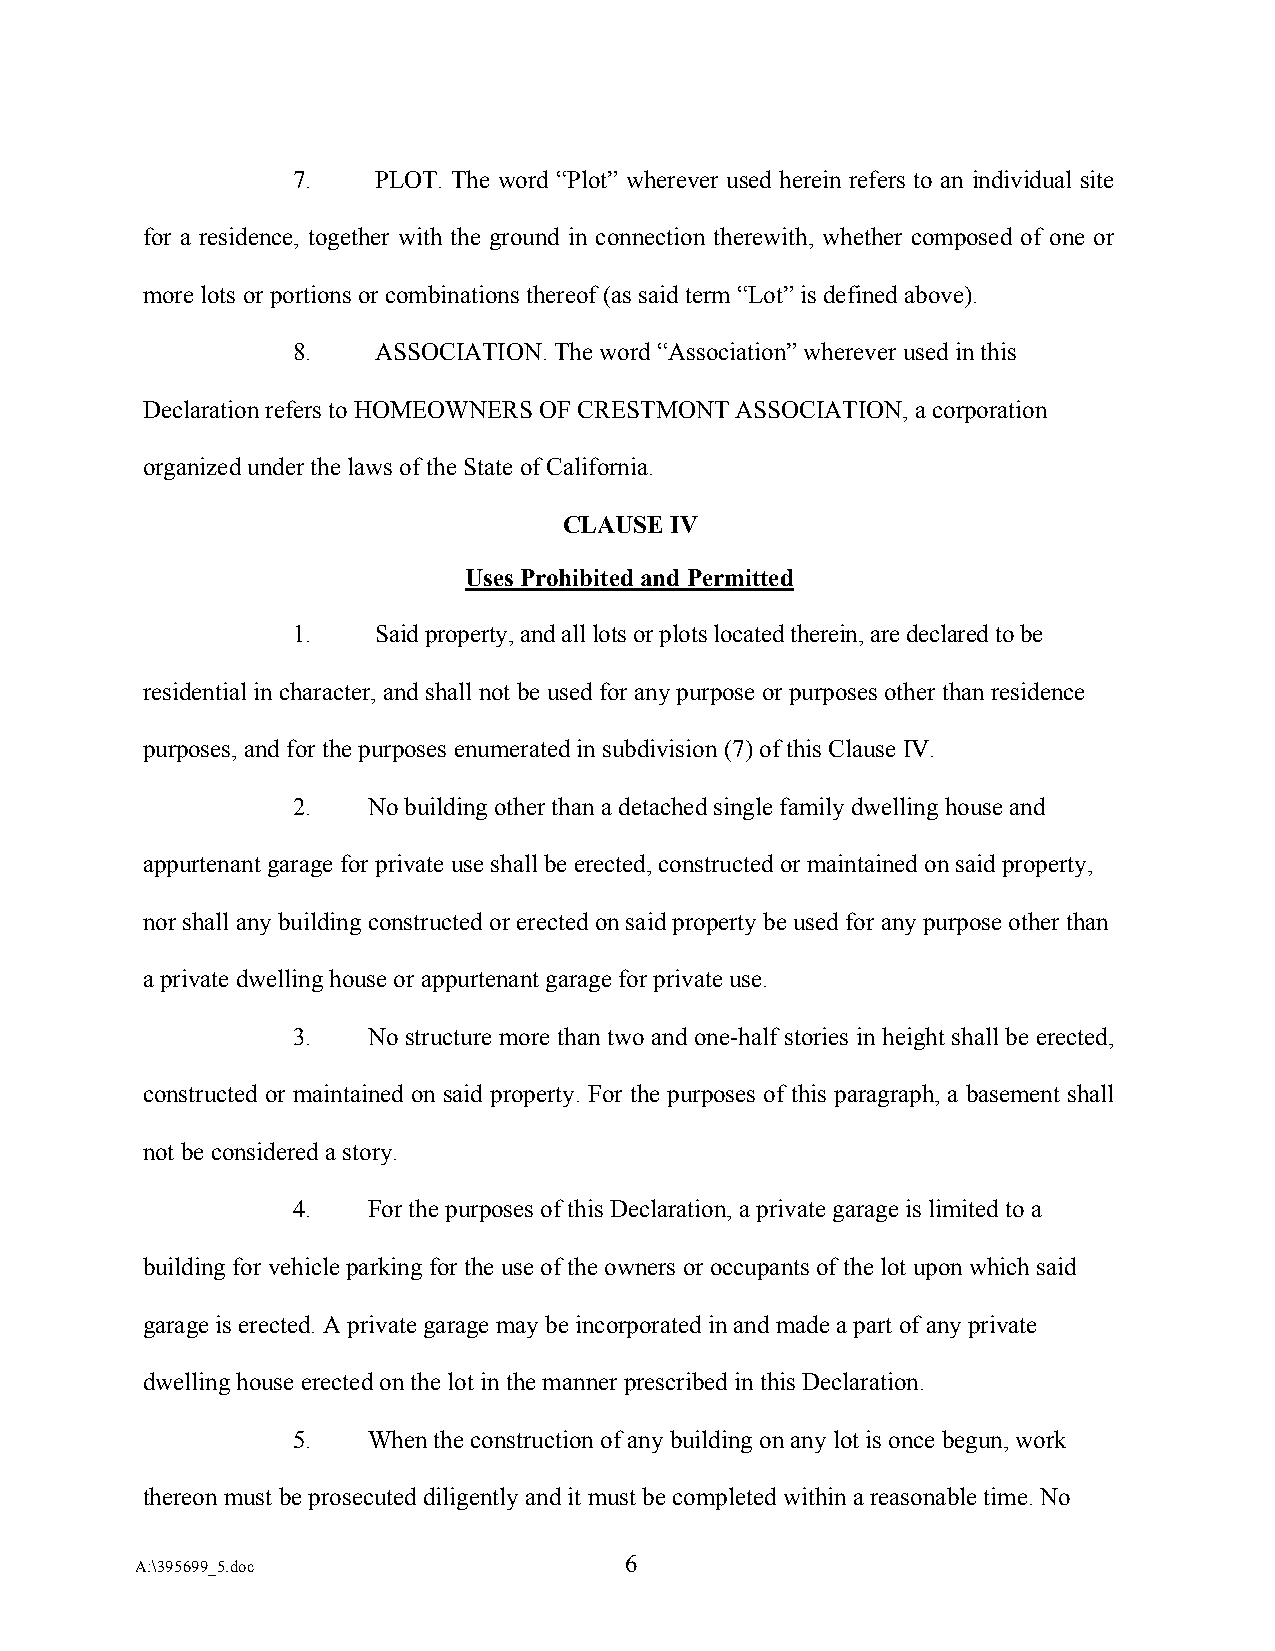
7.    PLOT. The word “Plot” wherever used herein refers to an individual site
 for a residence, together with the ground in connection therewith, whether composed of one or
 more lots or portions or combinations thereof (as said term “Lot” is defined above).
 8.    ASSOCIATION. The word “Association” wherever used in this
 Declaration refers to HOMEOWNERS OF CRESTMONT ASSOCIATION, a corporation
 organized under the laws of the State of California.
 CLAUSE IV
 Uses Prohibited and Permitted
 1.    Said property, and all lots or plots located therein, are declared to be
 residential in character, and shall not be used for any purpose or purposes other than residence
 purposes, and for the purposes enumerated in subdivision (7) of this Clause IV.
 2.   No building other than a detached single family dwelling house and
 appurtenant garage for private use shall be erected, constructed or maintained on said property,
 nor shall any building constructed or erected on said property be used for any purpose other than
 a private dwelling house or appurtenant garage for private use.
 3.   No structure more than two and one-half stories in height shall be erected,
 constructed or maintained on said property. For the purposes of this paragraph, a basement shall
 not be considered a story.
 4.   For the purposes of this Declaration, a private garage is limited to a
 building for vehicle parking for the use of the owners or occupants of the lot upon which said
 garage is erected. A private garage may be incorporated in and made a part of any private
 dwelling house erected on the lot in the manner prescribed in this Declaration.
 5.   When the construction of any building on any lot is once begun, work
 thereon must be prosecuted diligently and it must be completed within a reasonable time. No
 6
 A:\395699_5.doc